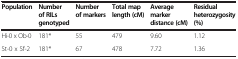
<table><thead><tr><td><b>Population</b></td><td><b>Number of RILs genotyped</b></td><td><b>Number of markers</b></td><td><b>Total map length (cM)</b></td><td><b>Average marker distance (cM)</b></td><td><b>Residual heterozygosity (%)</b></td></tr></thead><tbody><tr><td>Hi-0 x Ob-0</td><td>181*</td><td>55</td><td>479</td><td>9.60</td><td>1.12</td></tr><tr><td>St-0 x Sf-2</td><td>181*</td><td>67</td><td>478</td><td>7.72</td><td>1.36</td></tr></tbody></table>